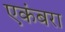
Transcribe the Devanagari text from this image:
एकंबरा